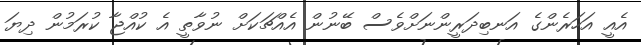
އެއީ އަހަރެންގެ އަނބިދަރީންނަށްވެސް ބޭނުން އެއްޗަކަށް ނުވާތީ އެ ކުއްޖާ ކުރަމުން ދިޔަ